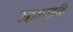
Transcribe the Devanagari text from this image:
उद्धतप्रकृति